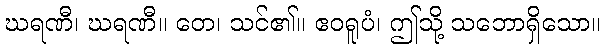
ဃရဏီ၊ ဃရဏီ။ တေ၊ သင်၏။ ဧဝရူပံ၊ ဤသို့ သဘောရှိသော။